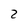
Character: 2